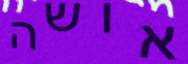
אושה